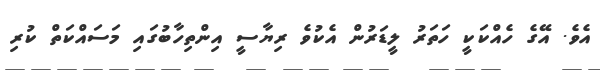
އެވެ. އޭގެ ހެއްކަކީ ހަތަރު ލީޑަރުން އެކުވެ ރިޔާސީ އިންތިހާބުގައި މަސައްކަތް ކުރި